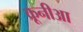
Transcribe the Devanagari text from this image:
क्रूनीआ